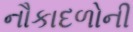
નૌકાદળોની